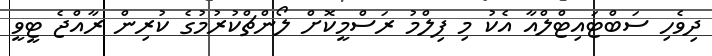
ދިވެހި ސަބްޓައިޓްލްއާ އެކު މި ފިލްމު ރަސްމީކޮށް ލޯންޗްކުރުމުގެ ކުރިން ރާއްޖެ ޓީވީ